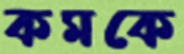
কমকে